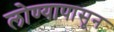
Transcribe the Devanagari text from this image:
लोण्यापासून